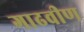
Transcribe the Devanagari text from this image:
गाढवीण